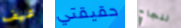
شيف حقيقتي لنجاح